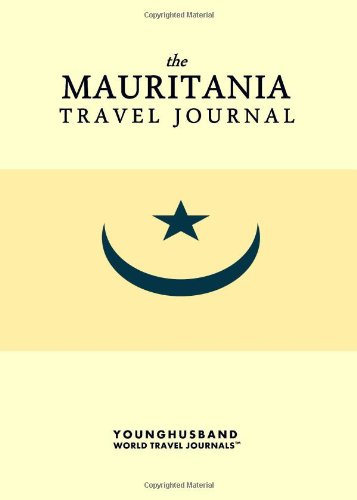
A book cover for The Mauritania Travel Journal; Younghusband World Travel Journals; Travel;